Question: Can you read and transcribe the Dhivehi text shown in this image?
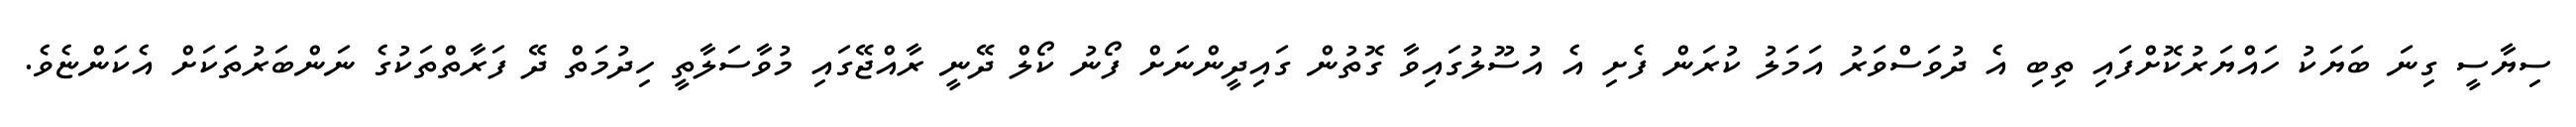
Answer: ސިޔާސީ ގިނަ ބަޔަކު ހައްޔަރުކޮށްފައި ތިބި އެ ދުވަސްވަރު އަމަލު ކުރަން ފެށި އެ އުސޫލުގައިވާ ގޮތުން ގައިދީންނަށް ފޯނު ކޯލް ދޭނީ ރާއްޖޭގައި މުވާސަލާތީ ހިދުމަތް ދޭ ފަރާތްތަކުގެ ނަންބަރުތަކަށް އެކަންޏެވެ.